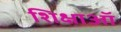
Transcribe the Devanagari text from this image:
शिक्षाऑ